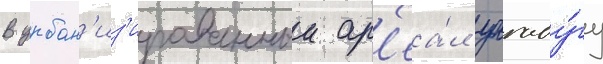
В урбан'из'ированныи ар'еа́л уагаду́гу